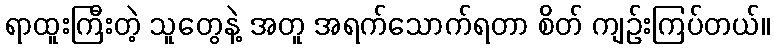
ရာထူးကြီးတဲ့ သူတွေနဲ့ အတူ အရက်သောက်ရတာ စိတ် ကျဉ်းကြပ်တယ်။